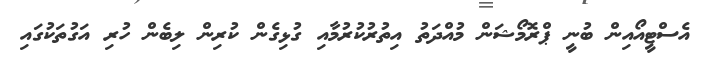
އެސްޓީއޯއިން ބުނީ ޕްރޮމޯޝަން މުއްދަތު އިތުރުކުރުމާއި ގުޅިގެން ކުރިން ލިބެން ހުރި އަގުތަކުގައި